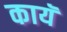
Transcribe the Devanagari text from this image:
कायॅ